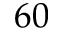
6 0